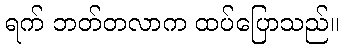
ရက် ဘတ်တလာက ထပ်ပြောသည်။